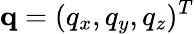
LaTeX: \mathbf{q}=(q_{x},q_{y},q_{z})^{T}